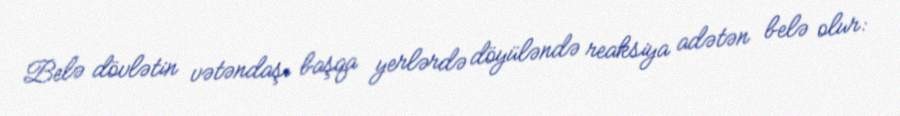
Belə dövlətin vətəndaşı başqa yerlərdə döyüləndə reaksiya adətən belə olur: